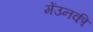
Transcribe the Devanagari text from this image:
मेंउनकी